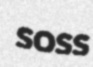
soss